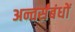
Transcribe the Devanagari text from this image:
अन्तर्संबंधों